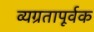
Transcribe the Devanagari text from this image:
व्यग्रतापूर्वक